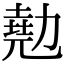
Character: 𠢩